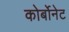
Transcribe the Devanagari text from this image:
कोर्बोनेट